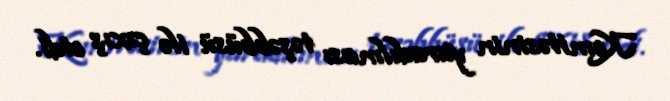
Komitəsinin yaradılması təşəbbüsü ilə çıxış etdi.